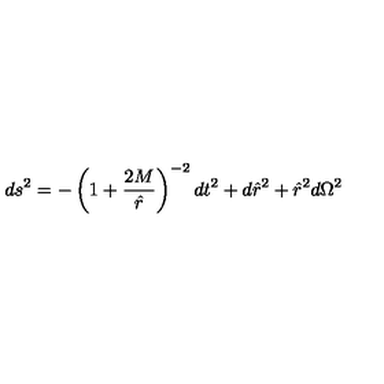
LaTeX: d s ^ { 2 } = - \left( 1 + \frac { 2 M } { \hat { r } } \right) ^ { - 2 } d t ^ { 2 } + d { \hat { r } } ^ { 2 } + { \hat { r } } ^ { 2 } d \Omega ^ { 2 }